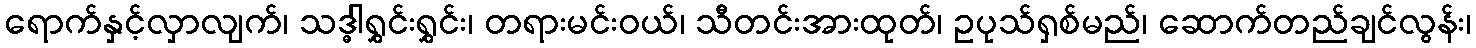
ရောက်နှင့်လှာလျက်၊ သဒ္ဓါရွှင်းရွှင်း၊ တရားမင်းဝယ်၊ သီတင်းအားထုတ်၊ ဥပုသ်ရှစ်မည်၊ ဆောက်တည်ချင်လွန်း၊